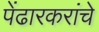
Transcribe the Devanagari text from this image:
पेंढारकरांचे